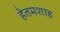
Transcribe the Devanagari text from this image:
हेतमशाह